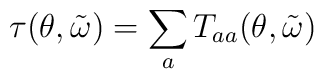
\tau(\theta,\tilde{\omega})=\sum_{a}T_{aa}(\theta,\tilde{\omega})